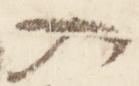
入